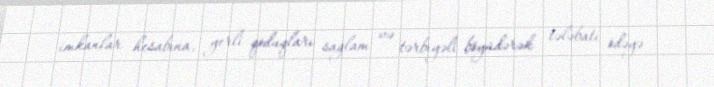
imkanlar hesabına, yerli qoduqları sağlam və tərbiyəli böyüdərək tələbatı ödəyə